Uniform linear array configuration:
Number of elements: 8
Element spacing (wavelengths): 1
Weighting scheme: uniform
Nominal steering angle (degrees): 60
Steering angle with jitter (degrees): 59.845
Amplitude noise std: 0.05
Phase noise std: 0.05

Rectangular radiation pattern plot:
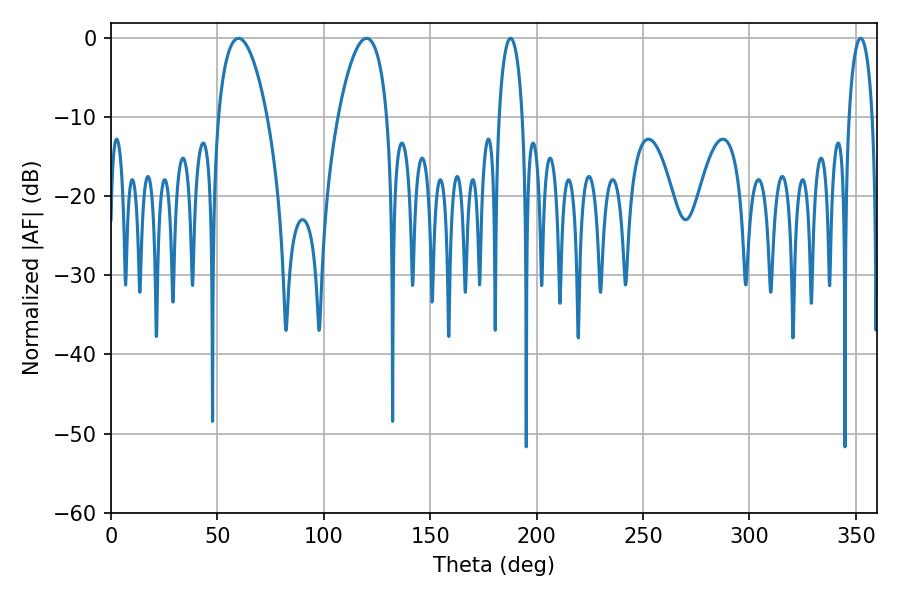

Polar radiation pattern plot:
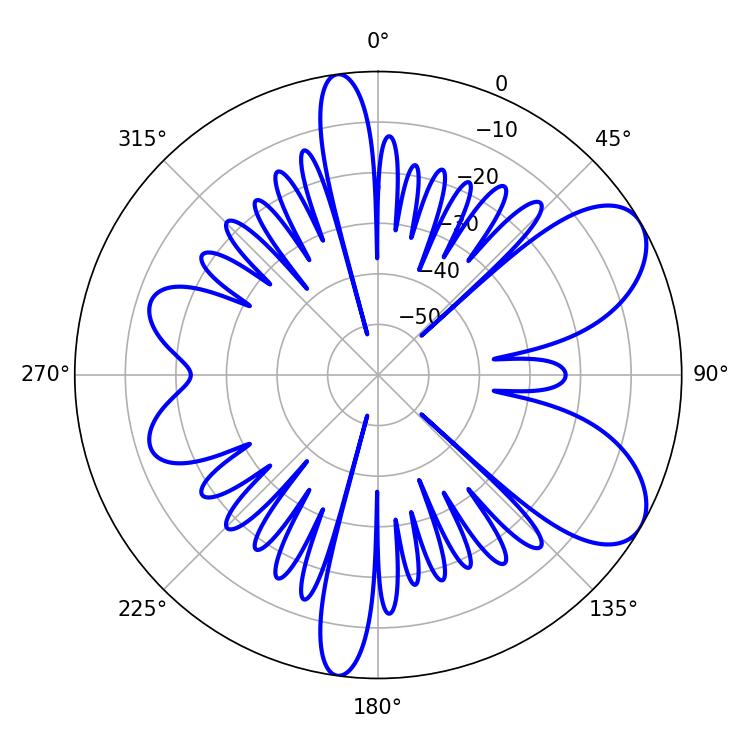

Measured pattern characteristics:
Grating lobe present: TRUE
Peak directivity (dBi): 7.45
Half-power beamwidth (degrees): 6.3
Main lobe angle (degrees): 187.74